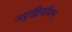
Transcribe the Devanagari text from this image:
अयुक्लिडीयन